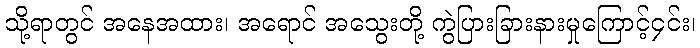
သို့ရာတွင် အနေအထား၊ အရောင် အသွေးတို့ ကွဲပြားခြားနားမှုကြောင့်၄င်း၊